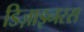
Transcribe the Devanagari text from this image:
डिज़ाइनरस